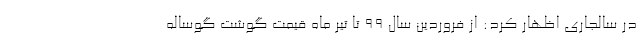
در سالجاری اظهار کرد: از فروردین سال 99 تا تیر ماه قیمت گوشت گوساله